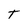
Character: t